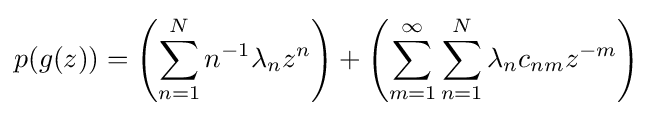
p(g(z))=\left(\sum _{n=1}^{N}n^{-1}\lambda _{n}z^{n}\right)+\left(\sum _{m=1}^{\infty }\sum _{n=1}^{N}\lambda _{n}c_{nm}z^{-m}\right)